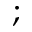
;